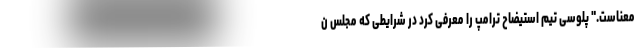
معناست." پلوسی تیم استیضاح ترامپ را معرفی کرد در شرایطی که مجلس ن